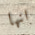
انها